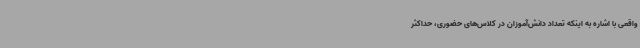
واقعی با اشاره به اینکه تعداد دانش‌آموزان در کلاس‌های حضوری، حداکثر